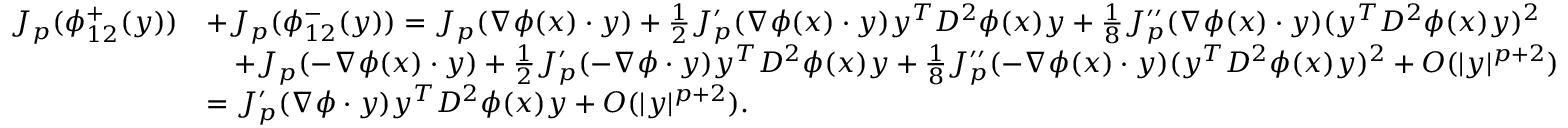
\begin{array} { r l } { J _ { p } ( \phi _ { 1 2 } ^ { + } ( y ) ) } & { + J _ { p } ( \phi _ { 1 2 } ^ { - } ( y ) ) = J _ { p } ( \nabla \phi ( x ) \cdot y ) + \frac { 1 } { 2 } J _ { p } ^ { \prime } ( \nabla \phi ( x ) \cdot y ) y ^ { T } D ^ { 2 } \phi ( x ) y + \frac { 1 } { 8 } J _ { p } ^ { \prime \prime } ( \nabla \phi ( x ) \cdot y ) ( y ^ { T } D ^ { 2 } \phi ( x ) y ) ^ { 2 } } \\ & { \quad + J _ { p } ( - \nabla \phi ( x ) \cdot y ) + \frac { 1 } { 2 } J _ { p } ^ { \prime } ( - \nabla \phi \cdot y ) y ^ { T } D ^ { 2 } \phi ( x ) y + \frac { 1 } { 8 } J _ { p } ^ { \prime \prime } ( - \nabla \phi ( x ) \cdot y ) ( y ^ { T } D ^ { 2 } \phi ( x ) y ) ^ { 2 } + O ( | y | ^ { p + 2 } ) } \\ & { = J _ { p } ^ { \prime } ( \nabla \phi \cdot y ) y ^ { T } D ^ { 2 } \phi ( x ) y + O ( | y | ^ { p + 2 } ) . } \end{array}